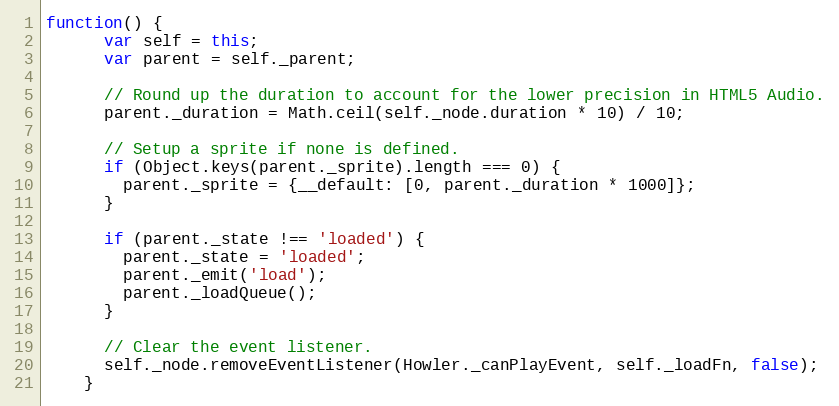
Language: JavaScript
function() {
      var self = this;
      var parent = self._parent;

      // Round up the duration to account for the lower precision in HTML5 Audio.
      parent._duration = Math.ceil(self._node.duration * 10) / 10;

      // Setup a sprite if none is defined.
      if (Object.keys(parent._sprite).length === 0) {
        parent._sprite = {__default: [0, parent._duration * 1000]};
      }

      if (parent._state !== 'loaded') {
        parent._state = 'loaded';
        parent._emit('load');
        parent._loadQueue();
      }

      // Clear the event listener.
      self._node.removeEventListener(Howler._canPlayEvent, self._loadFn, false);
    }